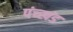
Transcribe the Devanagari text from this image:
पंच्खंड